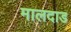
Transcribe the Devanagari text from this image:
मालदाड